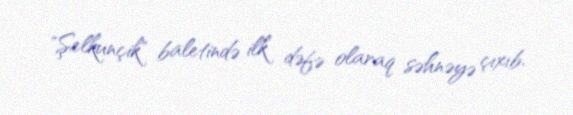
"Şelkunçik" baletində ilk dəfə olaraq səhnəyə çıxıb.